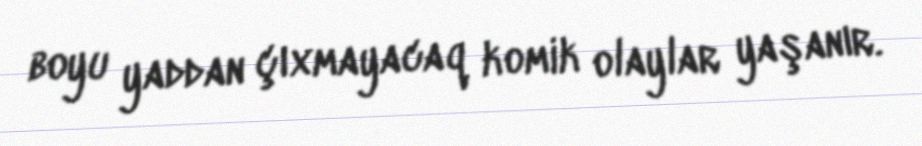
boyu yaddan çıxmayacaq komik olaylar yaşanır.